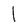
Character: l